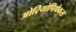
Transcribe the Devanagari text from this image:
ओरियोपिथेकस